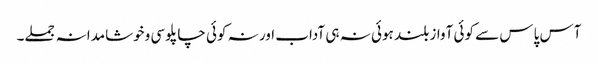
آس پاس سے کوئی آواز بلند ہوئی نہ ہی آداب اور نہ کوئی چاپلوسی وخوشامدانہ جملے۔